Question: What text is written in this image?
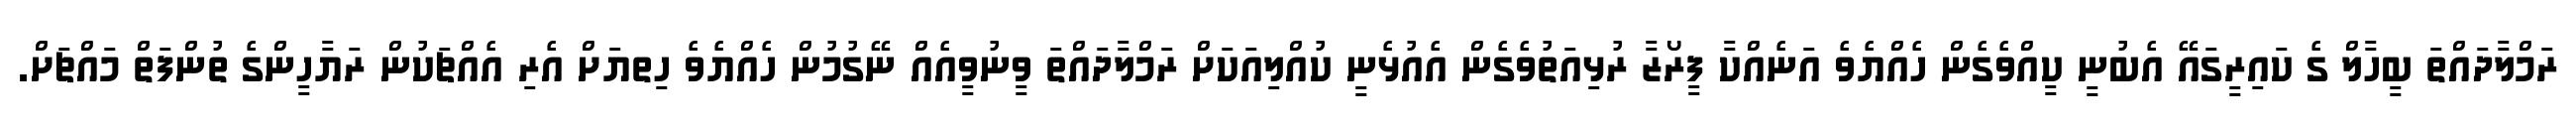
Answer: ރަމްލާދައްތަ ބީހާލް ގެ ކައިރީގައޭ އެބުނީ ކީއްވެގެން ހެއްޔެވެ އަނެއްކާ ފީރޯޒާ ރުޅިއަތުވެގެން އެއުޅެނީ ކުއްލިއަކަށް ރަމްލާދައްތަ ވީނުވީއެއް ނޭގުމުން ހެއްޔެވެ ހިތޔަށް އެރި އެއްޗަކުން ރަޔާހީންގެ ތުންފަތް މައްޗަށް.